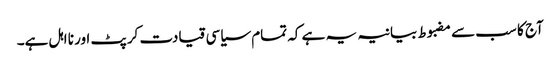
آج کا سب سے مضبوط بیانیہ یہ ہے کہ تمام سیاسی قیادت کرپٹ اور نا اہل ہے۔